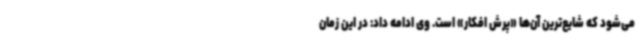
می‌شود که شایع‌ترین آن‌ها «پرش افکار» است. وی ادامه داد: در این زمان